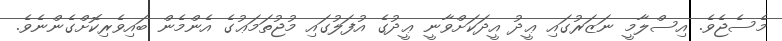
މެސެޖެވެ. އިސްލާމީ ނަޒަރުގައި ޢީދު އީދަކަށްވާނީ ޢީދުގެ އުފަލުގައި މުޖުތަމަޢުގެ އެންމެން ބައިވެރިކޮށްގެންނެވެ.